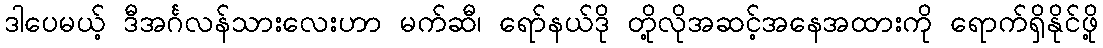
ဒါပေမယ့် ဒီအင်္ဂလန်သားလေးဟာ မက်ဆီ၊ ရော်နယ်ဒို တို့လိုအဆင့်အနေအထားကို ရောက်ရှိနိုင်ဖို့